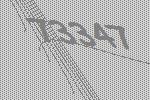
73347